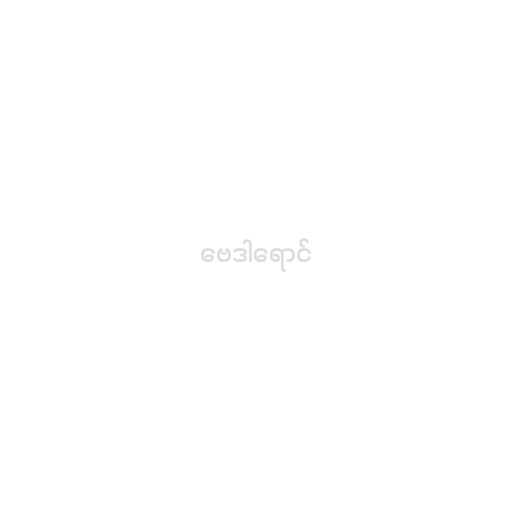
ဗေဒါရောင်